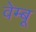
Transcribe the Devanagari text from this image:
वेम्बू